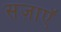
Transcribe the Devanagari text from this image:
सज़ाएॅ